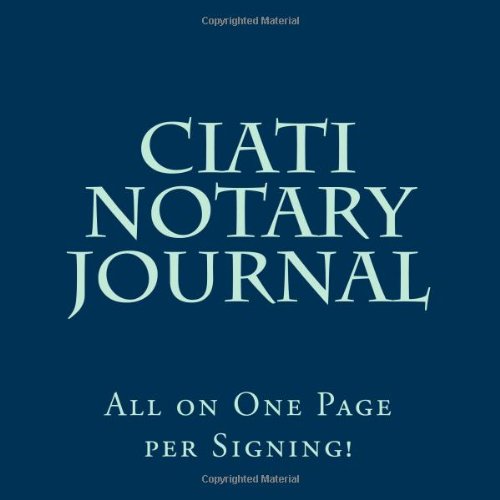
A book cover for Ciati Notary Journal: All on One Page per Signing; Margaret Paddock; Business & Money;